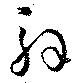
解